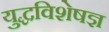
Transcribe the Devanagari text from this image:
युद्धविशेषज्ञ